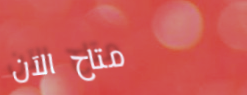
متاح الآن